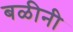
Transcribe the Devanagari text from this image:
बळीनी